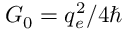
G _ { 0 } = q _ { e } ^ { 2 } / 4 \hbar